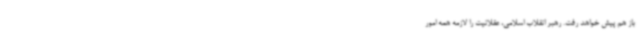
باز هم پیش خواهد رفت. رهبر انقلاب اسلامی، عقلانیت را لازمه همه امور